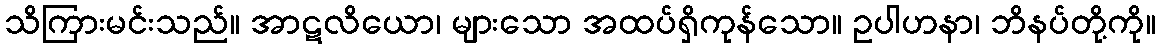
သိကြားမင်းသည်။ အာဋလိယော၊ များသော အထပ်ရှိကုန်သော။ ဥပါဟနာ၊ ဘိနပ်တို့ကို။